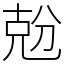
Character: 兝